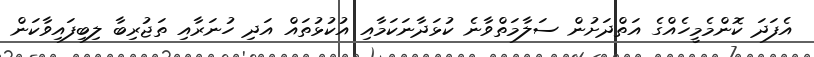
އެފަދަ ކޮންމެމީހެއްގެ އަތްދަށުން ސަލާމަތްވާނެ ކުޅަދާނަކަމާއި އުކުޅުތައް އަދި ހުނަރާއި ތަޖުރިބާ ލިބިފައިވާކަން